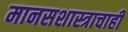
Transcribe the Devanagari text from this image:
मानसशास्त्राचाही